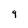
Character: 9